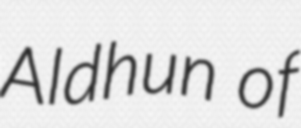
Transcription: Aldhun of